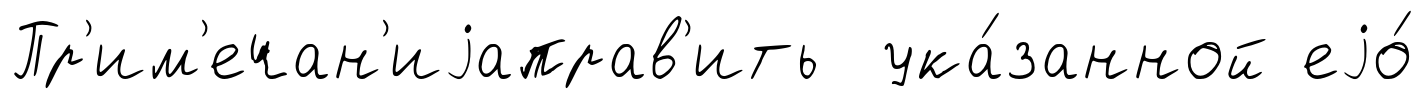
Пр'им'ечан'иjаправ'ить ука́занной еjо́